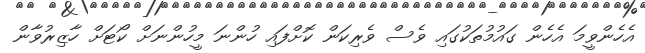
އެހެންވީމަ އެހެން ގައުމުތަކުގައި ވެސް ވެރިކަން ކޮށްފައި ހުންނަ މީހުންނަށް ކޯޓަށް ހާޒިރުވާން